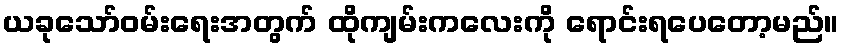
ယခုသော်ဝမ်းရေးအတွက် ထိုကျမ်းကလေးကို ရောင်းရပေတော့မည်။